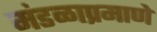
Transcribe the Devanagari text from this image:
मंडळाप्रमाणे